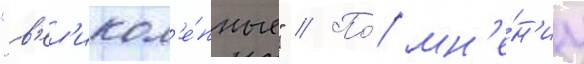
"в'ел'икол'е́пные" // По́ мн'е́н'иу